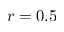
r = 0 . 5